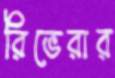
রিভেরার